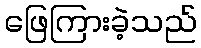
ဖြေကြားခဲ့သည်